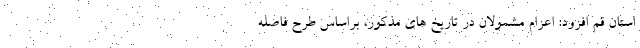
استان قم افزود: اعزام مشمولان در تاریخ های مذکور، براساس طرح فاصله